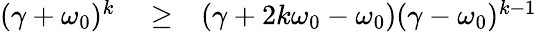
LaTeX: \begin{array}{rlr}{(\gamma+\omega_{0})^{k}}&{{}\geq}&{(\gamma+2k\omega_{0}-\omega_{0})(\gamma-\omega_{0})^{k-1}}\end{array}